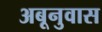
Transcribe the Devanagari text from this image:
अबूनुवास